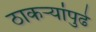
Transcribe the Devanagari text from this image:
ठाकऱ्यांपुढे